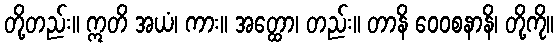
တို့တည်း။ ဣတိ အယံ၊ ကား။ အတ္ထော၊ တည်း။ တာနိ ဝေဝစနာနိ၊ တို့ကို။